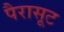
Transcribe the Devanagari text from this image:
पैरासूट